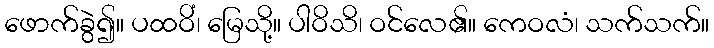
ဖောက်ခွဲ၍။ ပထဝိံ၊ မြေသို့။ ပါဝိသိ၊ ဝင်လေ၏။ ကေဝလံ၊ သက်သက်။